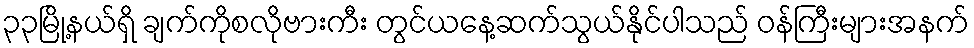
၃၃မြို့နယ်ရှိ ချက်ကိုစလိုဗားကီး တွင်ယနေ့ဆက်သွယ်နိုင်ပါသည် ဝန်ကြီးများအနက်